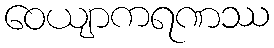
ဝေယျာကရဏဿ